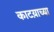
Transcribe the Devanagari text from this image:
काटय़ाच्या